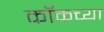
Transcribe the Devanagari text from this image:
कॉकच्या